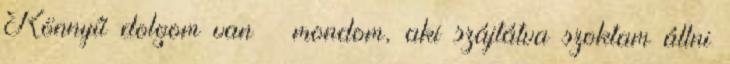
Könnyű dolgom van – mondom, aki szájtátva szoktam állni